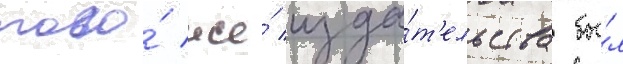
того́ же́ изда́т'ельства бы́л